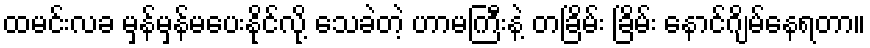
ထမင်းလခ မှန်မှန်မပေးနိုင်လို့ သေခဲတဲ့ ဟာမကြီးနဲ့ တခြိမ်း ခြိမ်း နောင်ဂျိမ်နေရတာ။